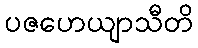
ပဇဟေယျာသီတိ